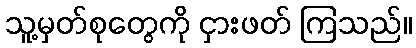
သူ့မှတ်စုတွေကို ငှားဖတ် ကြသည်။